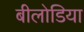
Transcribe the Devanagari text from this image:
बीलोडिया